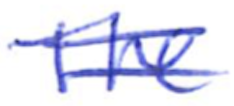
Text: The
Cross-out: double-line
Writing tool: ballpoint